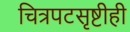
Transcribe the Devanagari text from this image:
चित्रपटसृष्टीही